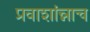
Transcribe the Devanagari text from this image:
प्रवाशांन्नाच